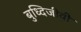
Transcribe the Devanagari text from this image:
बुध्दिजीवी